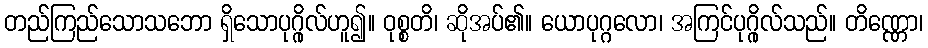
တည်ကြည်သောသဘော ရှိသောပုဂ္ဂိုလ်ဟူ၍။ ဝုစ္စတိ၊ ဆိုအပ်၏။ ယောပုဂ္ဂလော၊ အကြင်ပုဂ္ဂိုလ်သည်။ တိဏ္ဏော၊